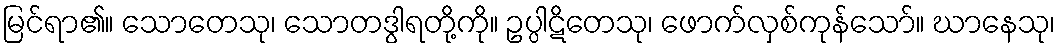
မြင်ရာ၏။ သောတေသု၊ သောတဒွါရတို့ကို။ ဥပ္ပါဋိတေသု၊ ဖောက်လှစ်ကုန်သော်။ ဃာနေသု၊